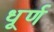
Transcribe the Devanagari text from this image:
धूर्ण